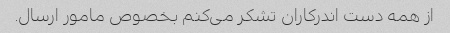
از همه دست اندرکاران تشکر می‌کنم بخصوص مامور ارسال.